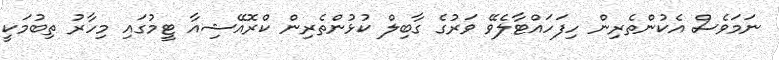
ނަމަވެސް އެކުންތެރިން ހިފަހައްޓާލެވޭ ވަރުގެ ގާބިލް ކުޅުންތެރިން ކްރޮއޭޝިއާ ޓީމުގައި މިހާރު ތިބުމަކީ